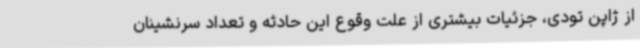
از ژاپن تودی، جزئیات بیشتری از علت وقوع این حادثه و تعداد سرنشینان